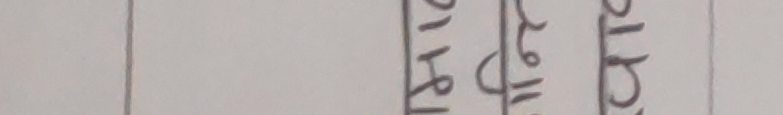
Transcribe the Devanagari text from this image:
छोरा